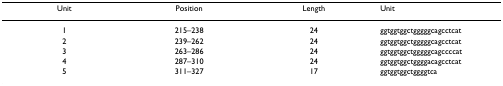
<table><thead><tr><td><b>Unit</b></td><td><b>Position</b></td><td><b>Length</b></td><td><b>Unit</b></td></tr></thead><tbody><tr><td>1</td><td>215–238</td><td>24</td><td>ggtggtggctgggggcagcctcat</td></tr><tr><td>2</td><td>239–262</td><td>24</td><td>ggtggtggctgggggcagcctcat</td></tr><tr><td>3</td><td>263–286</td><td>24</td><td>ggtggtggctgggggcagccccat</td></tr><tr><td>4</td><td>287–310</td><td>24</td><td>ggtggtggctggggacagcctcat</td></tr><tr><td>5</td><td>311–327</td><td>17</td><td>ggtggtggctggggtca</td></tr></tbody></table>